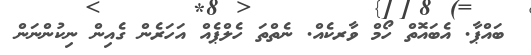
ބައްޕާ. އެބައޮތް ހޯމް ވާރކެއް. ނެތްތަ ހެލްޕެއް އަހަރެން ގެއިން ނިކުންނަން